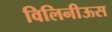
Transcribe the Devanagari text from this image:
विलिनीऊस